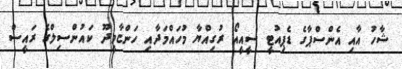
ޝާހު އާއި އެންސްޕާގެ ޑެޕިއުޓީ ސީއީއޯ ރުގިއްޔާ މުހައްމަދާއި ހަންޏާމީދޫ ކައުންސިލްގެ ރައީސް